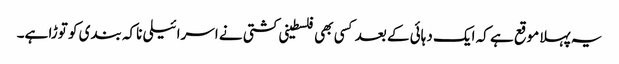
یہ پہلا موقع ہے کہ ایک دہائی کے بعد کسی بھی فلسطینی کشتی نے اسرائیلی ناکہ بندی کو توڑا ہے۔